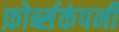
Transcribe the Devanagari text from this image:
फ़ोर्ब्सकंपनी